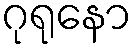
ဂုရုနော